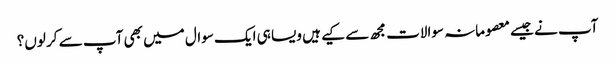
آپ نے جیسے معصومانہ سوالات مجھ سے کیے ہیں ویسا ہی ایک سوال میں بھی آپ سے کر لوں؟